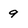
Character: 9